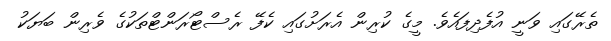
ތެރޭގައި ވަނީ އުފެދިފައެވެ. މީގެ ކުރިން އެރަށުގައި ކެފޭ ރެސްޓޯރަންޓްތަކުގެ ވެރިން ބަޔަކު